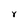
Character: 8